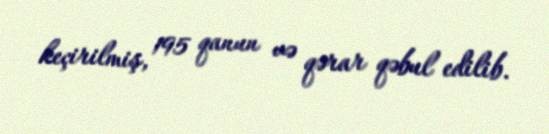
keçirilmiş, 195 qanun və qərar qəbul edilib.